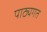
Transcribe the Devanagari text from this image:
पाठ्यगत